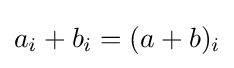
a_{i}+b_{i}=(a+b)_{i}